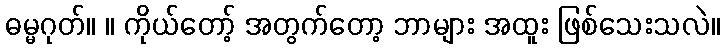
ဓမ္မဂုတ်။ ။ ကိုယ်တော့် အတွက်တော့ ဘာများ အထူး ဖြစ်သေးသလဲ။